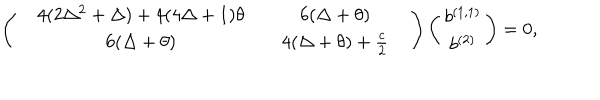
LaTeX: \left( \begin{array} { c c c c c } { { } } & { { 4 ( 2 \Delta ^ { 2 } + \Delta ) + 4 ( 4 \Delta + 1 ) \theta } } & { { } } & { { 6 ( \Delta + \theta ) } } & { { } } \\ { { } } & { { 6 ( \Delta + \theta ) } } & { { } } & { { 4 ( \Delta + \theta ) + \frac { c } { 2 } } } & { { } } \\ \end{array} \right) \left( \begin{array} { c } { { b ^ { ( 1 , 1 ) } } } \\ { { b ^ { ( 2 ) } } } \\ \end{array} \right) = 0 ,